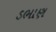
ડભાણ